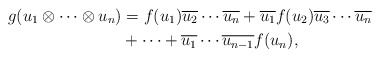
\begin{align*}g(u_1\otimes\cdots\otimes u_n)&=f(u_1)\overline{u_2}\cdots \overline{u_n}+\overline{u_1}f(u_2)\overline{u_3}\cdots \overline{u_n} \\&+\cdots+\overline{u_1}\cdots \overline{u_{n-1}}f(u_n),\end{align*}